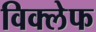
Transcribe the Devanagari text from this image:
विक्लेफ